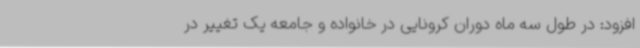
افزود: در طول سه ماه دوران کرونایی در خانواده و جامعه یک تغییر در